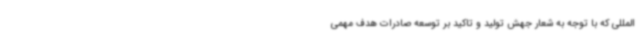
المللی که با توجه به شعار جهش تولید و تاکید بر توسعه صادرات هدف مهمی